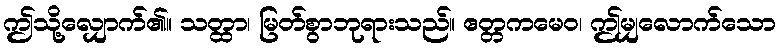
ဤသို့လျှောက်၏။ သတ္ထာ၊ မြတ်စွာဘုရားသည်။ ဧတ္တကမေဝ၊ ဤမျှလောက်သော